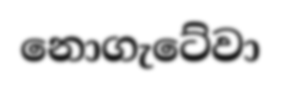
නොගැටේවා